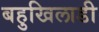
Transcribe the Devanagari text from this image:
बहुखिलाडी